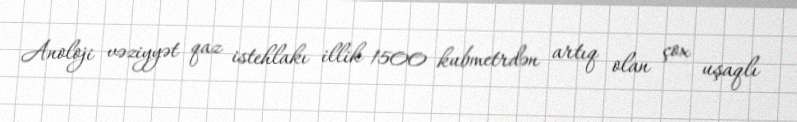
Anoloji vəziyyət qaz istehlakı illik 1500 kubmetrdən artıq olan çox uşaqlı